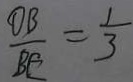
\frac { O B } { B E } = \frac { 1 } { 3 }